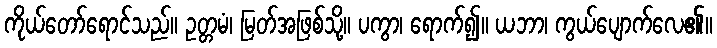
ကိုယ်တော်ရောင်သည်။ ဥတ္တမံ၊ မြတ်အဖြစ်သို့။ ပကွာ၊ ရောက်၍။ ယဘာ၊ ကွယ်ပျောက်လေ၏။